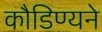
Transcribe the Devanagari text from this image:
कौडिण्यने